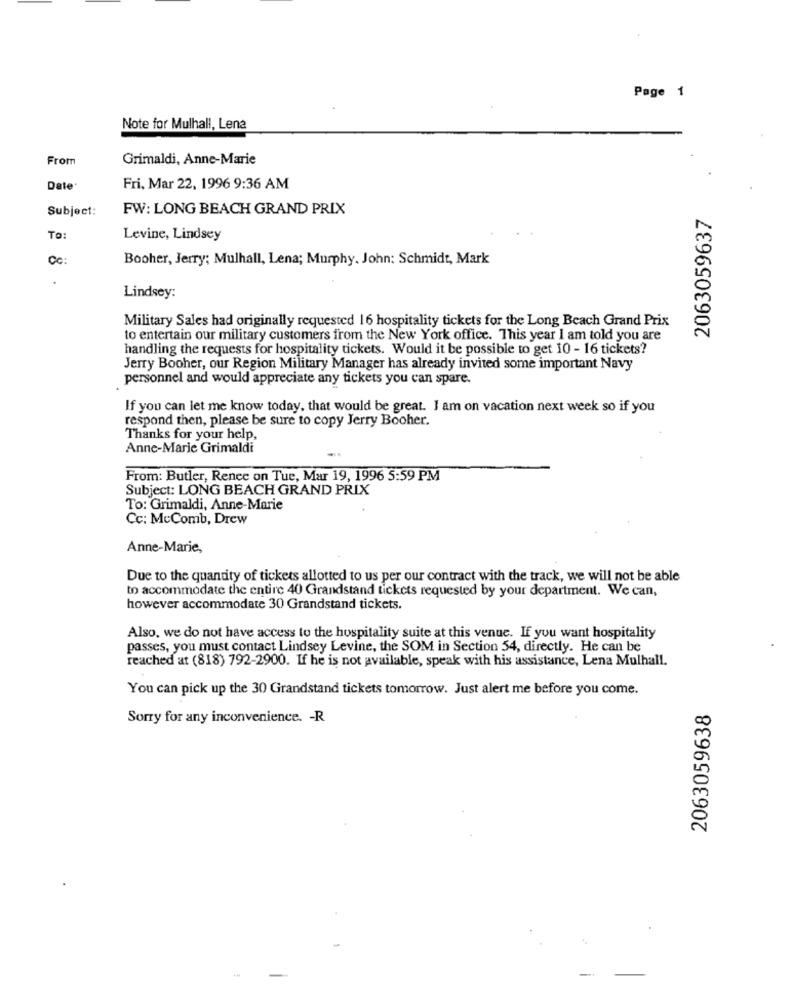
Page 1
Note for Mulhall, Lena
From
Grimaldi, Anne-Marie
Date
Fri, Mar 22, 1996 9:36 AM
Subject:
FW: LONG BEACH GRAND PRIX
2063059637
To:
Levine, Lindsey
Cc:
Booher, Jerry; Mulhall, Lena; Murphy. John: Schmidt, Mark
Lindsey:
Military Sales had originally requested 16 hospitality tickets for the Long Beach Grand Prix
to entertain our military customers from the New York office. This year I am told you are
handling the requests for hospitality tickets. Would it be possible to get 10 - 16 tickets?
Jerry Booher, our Region Military Manager has already invited some important Navy
personnel and would appreciate any tickets you can spare.
If you can let me know today, that would be great. I am on vacation next week so if you
respond then, please be sure to copy Jerry Booher.
Thanks for your help,
Anne-Marie Grimaldi
From: Butler, Renee on Tue, Mar 19, 1996 5:59 PM
Subject: LONG BEACH GRAND PRIX
To: Grimaldi, Anne-Marie
Cc: McComb, Drew
Anne-Marie,
Due to the quantity of tickets allotted to us per our contract with the track, we will not be able
to accommodate the entire 40 Grandstand tickets requested by your department. We can,
however accommodate 30 Grandstand tickets.
Also, we do not have access to the hospitality suite at this venue. If you want hospitality
passes, you must contact Lindsey Levine, the SOM in Section 54, directly. He can be
reached at (818) 792-2900. If he is not available, speak with his assistance, Lena Mulhall.
You can pick up the 30 Grandstand tickets tomorrow. Just alert me before you come.
2063059638
Sorry for any inconvenience. - R